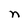
Character: n